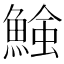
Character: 𩹑